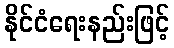
နိုင်ငံရေးနည်းဖြင့်